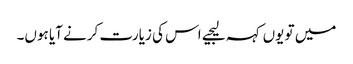
میں تو یوں کہہ لیجیے اس کی زیارت کرنے آیا ہوں۔